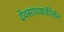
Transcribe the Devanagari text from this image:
देवसाधककीर्तन